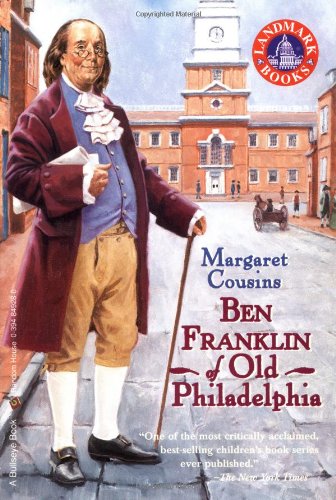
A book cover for Ben Franklin of Old Philadelphia (Landmark Books); Margaret Cousins; Children's Books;